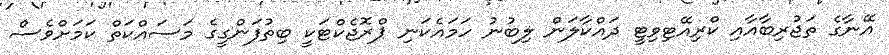
އޭނާގެ ތަޖުރިބާއާއި ކްރިއޭޓިވިޓީ ދައްކާލަން ލިބުނު ހަމައެކަނި ޕްރޮޖެކްޓަކީ ބިތުފަންގީގެ މަސައްކަތް ކަަމަށްވެސް